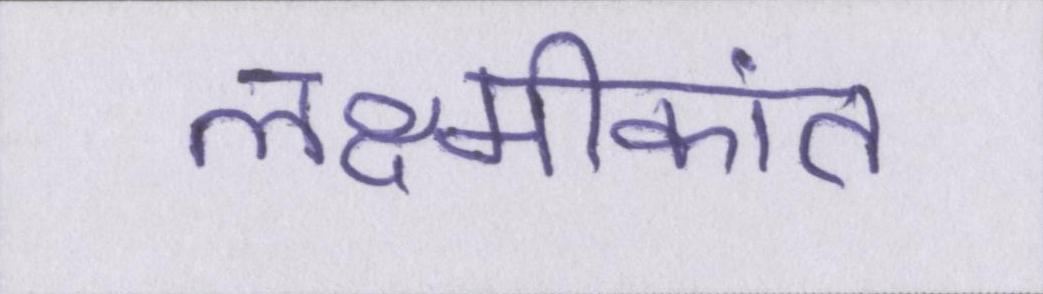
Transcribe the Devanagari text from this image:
लक्ष्मीकांत